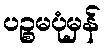
ပဉ္စမပုံမှန်